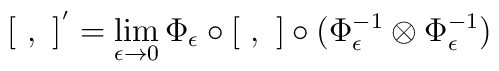
[ \ , \ ]^{'}=\lim_{\epsilon \to 0}\Phi_{\epsilon}\circ [ \ , \ ]\circ (\Phi_{\epsilon}^{-1} \otimes \Phi_{\epsilon}^{-1})